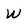
Character: W